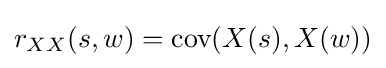
r_{XX}(s,w)={\text{cov}}(X(s),X(w))